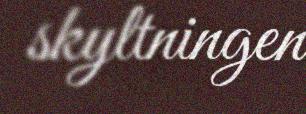
skyltningen